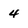
Character: 4